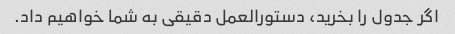
اگر جدول را بخرید، دستورالعمل دقیقی به شما خواهیم داد.